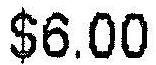
$6.00